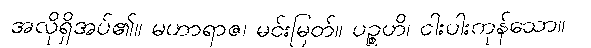
အလိုရှိအပ်၏။ မဟာရာဇ၊ မင်းမြတ်။ ပဉ္စဟိ၊ ငါးပါးကုန်သော။